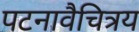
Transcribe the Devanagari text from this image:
पटनावैचित्रय